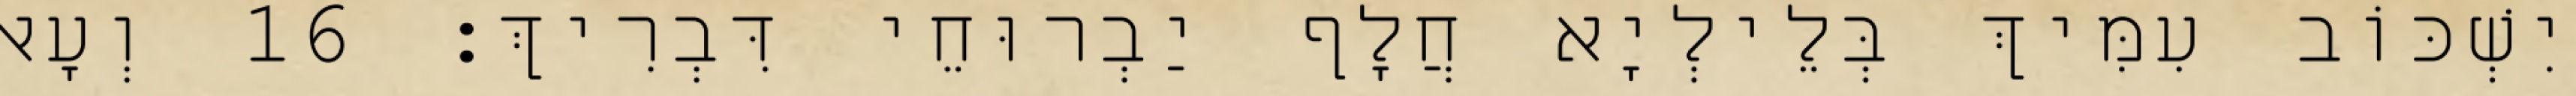
יִשְׁכּוֹב עִמִּיךְ בְּלֵילְיָא חֲלָף יַבְרוּחֵי דִּבְרִיךְ׃ 16 וְעָאל